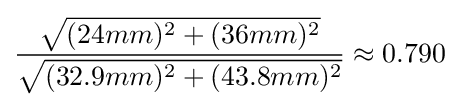
{\dfrac {\sqrt {(24mm)^{2}+(36mm)^{2}}}{\sqrt {(32.9mm)^{2}+(43.8mm)^{2}}}}\approx 0.790